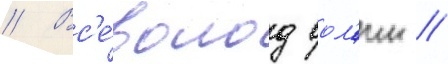
// Вс'е́волод вол'ин //